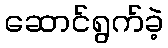
ဆောင်ရွက်ခဲ့